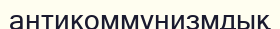
антикоммунизмдық